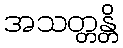
အသတ္တန္တိ